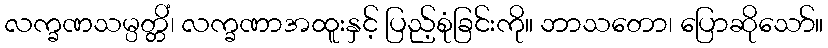
လက္ခဏသမ္ပတ္တိံ၊ လက္ခဏာအထူးနှင့် ပြည့်စုံခြင်းကို။ ဘာသတော၊ ပြောဆိုသော်။